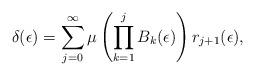
LaTeX: \begin{align*}\delta(\epsilon) = \sum_{j=0}^{\infty} \mu \left(\prod_{k=1}^{j}{B}_k(\epsilon)\right)r_{j+1}(\epsilon),\end{align*}